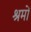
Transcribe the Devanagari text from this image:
श्रमों